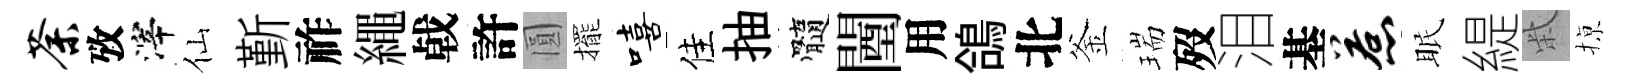
荼攷滓仙斳祚繩㦸許圓擺嘻佳抽髓闉用鴿北釜瑞歿泪基惹眠緹柴𢱊